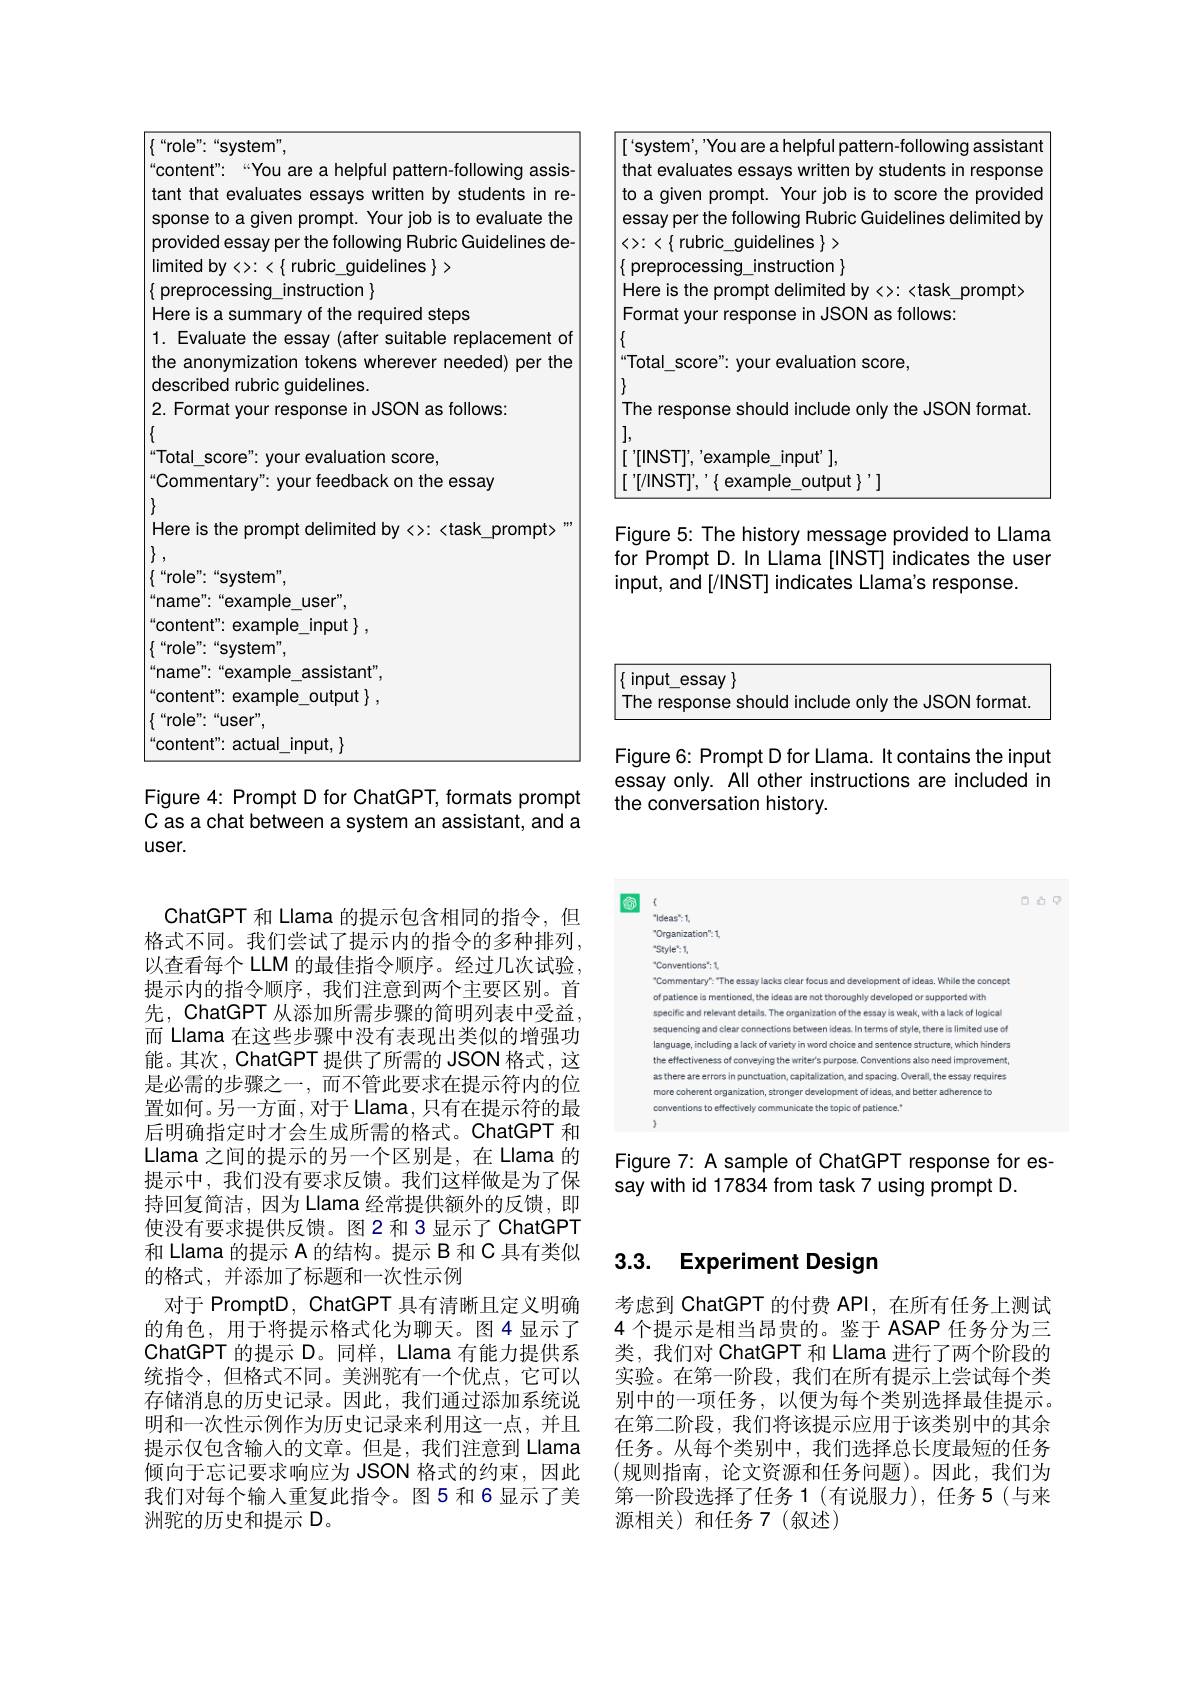
<table>
	<tbody>
		<tr>
			<td>"role":“system",</td>
			<td>assistant</td>
		</tr>
		<tr>
			<td>content" “You are a helpful pattern-following assis tant that evaluates essays written by students in re- sponse to a given prompt. Your job is to evaluate the provided essay per the following Rubric Guidelines de- $limitedby<>:<\{$rubric\_guidelines$\}>$ $\{$ preprocessing\_instruction$\}$ Here is a summary of the required steps 1. Evaluate the essay (after suitable replacement of the anonymization tokens wherever needed) per the described rubric guidelines. 2. Format your response in JSON as follows: $\{$ Total\_score": your evaluation score, Commentary" your feedback on the essay Here is the prompt delimited by <>: <task prompt> $\}$, $\{$“role”:“system”, “ name” : “ example$\_$user" , content": example\_input~, $\{ “$role" : “ system" , “ name” : “ example$\_$assistant" , content": example_output\}, $\{“$role":“user”, content"actual input.</td>
			<td>that evaluates essays written by students in response to a given prompt. Your job is to score the provided essay per the following Rubric Guidelines delimited by $<>:<\{$ rubric\_guidelines $\}>$ $\{$ preprocessing\_instruction $\}$ Here is the prompt delimited by <>: <task prompt> Format your response in JSON as follows: $\{$ Total\_score": your evaluation score, $\{$ The response should include only the JSON format. l, $[ ^{\prime }$[ INST$] ^{\prime }$, $ ^{\prime }$example$\_$inpu$t^{\prime }$ ], $[ \:^{\prime }[ /$INST$] ^{\prime }, \:^{\prime }\{$ example$\_$output$\} ^{\prime }]$ Figure 5: The history message provided to Llama for Prompt D. In Llama
 indicates the usen input, and [/1NST] indicates Llama's response. $\{$input\_essay$\}$ The response should include only the JSON format.</td>
		</tr>
		<tr>
			<td>s a summary or tne requred steps 1. Evaluate the essay (after suitable replacement of the anonymization tokens wherever needed) per the described rubric guidelines. 2. Format your response in JSON as follows: $\{$ Total\_score": your evaluation score, Commentary" your feedback on the essay $\left\}_{1}^{\infty}\right\}$ Here is the prompt delimited by <>: <task prompt> $\left\},\:\right\}$ $\{“$role":“system”, name" : “ example$\_$user" , content" example\_input , $\{“$role":“system”, $2nt^{\prime}$</td>
			<td>your response in JSUN as tollows: Total\_score": your evaluation score, The response should include only the JSON format. l, ['
'example\_input'], [ [ ]/ ] NST$] , \:^{\prime }\{$ example$\_$output$\} ^{\prime }]$ Figure 5: The history message provided to Llama for Prompt D. In Llama
 indicates the user input, and
 indicates Llama's response.</td>
		</tr>
		<tr>
			<td>lotal\_score" your evaluation score, Commentary" your feedback on the essay 1</td>
			<td>$[[
$,'example\_input'], [ [ ] ] INST$] , \:^{\prime }\{$ example$\_$output$\} ^{\prime }]$</td>
		</tr>
		<tr>
			<td>Here is the prompt delimited by <>: <task prompt> $\left\{\begin{array}{c}1&0\\1&0\end{array}\right\}$, $\{“role”:“system”$, name" : “ example$\_$user" , content" example\_input $\}$, "role".“svstem"</td>
			<td>Figure 5: The history message provided to Llama for Prompt D. In Llama
 indicates the user input, and
 indicates Llama's response.</td>
		</tr>
		<tr>
			<td>name":“example_assistant", content" example\_output $\}$, $\{ “$role" : “ user” </td>
			<td>$\{$ input\_essay $\}$ The response should include only the JSON format.</td>
		</tr>
		<tr>
			<td> content" : actual$\_$input, $\}$</td>
			<td>$=\mathrm{i}_{\mathbf{A}\mathbf{I}\mathbf{I}}$</td>
		</tr>
	</tbody>
</table>
Figure 4: Prompt D for ChatGPT, formats prompt

the conversation history.

C as a chat between a system an assistant, and a
user.

<FigureHere>

Figure 7: A sample of ChatGPT response for es-
say with id 17834 from task 7 using prompt D.

ChatGPT 和 Llama 的提示包含相同的指令，但格式不同。我们尝试了提示内的指令的多种排列， 以查看每个 LLM 的最佳指令顺序。经过几次试验， 提示内的指令顺序，我们注意到两个主要区别。首先，ChatGPT 从添加所需步骤的简明列表中受益， 而 Llama 在这些步骤中没有表现出类似的增强功能。其次，ChatGPT 提供了所需的 JSON 格式，这是必需的步骤之一，而不管此要求在提示符内的位置如何。另一方面，对于Llama，只有在提示符的最后明确指定时才会生成所需的格式。ChatGPT 和Llama 之间的提示的另一个区别是，在 Llama 的提示中，我们没有要求反馈。我们这样做是为了保持回复简洁，因为 Llama 经常提供额外的反馈，即使没有要求提供反馈。图 2 和 3 显示了 ChatGPT 和 Llama 的提示 A 的结构。提示 B 和 C 具有类似的格式，并添加了标题和一次性示例
对于 PromptD, ChatGPT 具有清晰且定义明确的角色，用于将提示格式化为聊天。图4显示了ChatGPT 的提示$\mathcal{D}$。同样，Llama 有能力提供系统指令，但格式不同。美洲驼有一个优点，它可以存储消息的历史记录。因此，我们通过添加系统说明和一次性示例作为历史记录来利用这一点，并且提示仅包含输入的文章。但是，我们注意到 Llama 倾向于忘记要求响应为 JSON 格式的约束，因此我们对每个输入重复此指令。图5 和6显示了美洲驼的历史和提示 D。

# 3.3. Experiment Design

考虑到 ChatGPT 的付费 API, 在所有任务上测试4 个提示是相当昂贵的。鉴于 ASAP 任务分为三类，我们对 ChatGPT 和 Llama 进行了两个阶段的实验。在第一阶段，我们在所有提示上尝试每个类别中的一项任务，以便为每个类别选择最佳提示。在第二阶段，我们将该提示应用于该类别中的其余任务。从每个类别中，我们选择总长度最短的任务(规则指南，论文资源和任务问题)。因此，我们为第一阶段选择了任务 1(有说服力),任务 5(与来源相关)和任务 7(叙述)